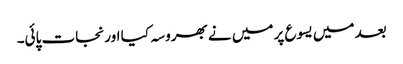
بعد میں یسوع پر میں نے بھروسہ کیا اور نجات پائی۔